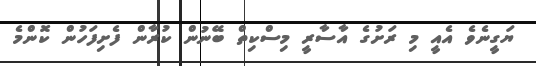
ޔަގީނެވެ އެއީ މި ރަށުގެ އާސާރީ މިސްކިތް ބޭނުން ކުރާން ފެށިފަހުން ކޮންމެ